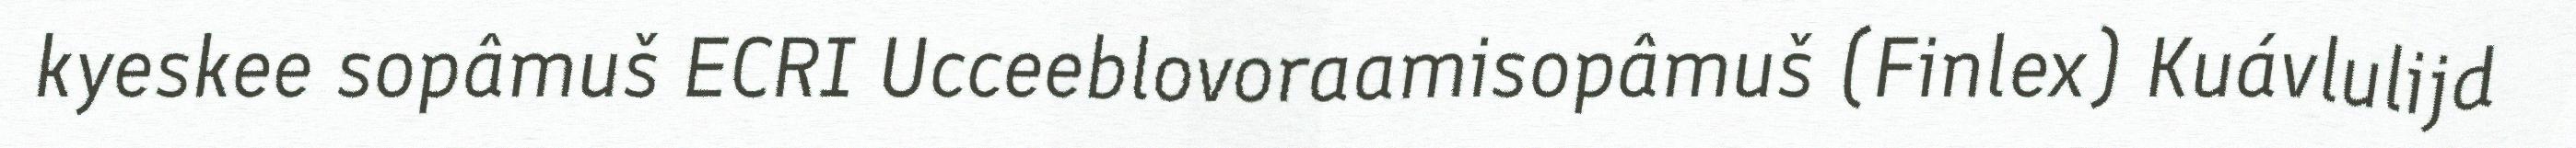
kyeskee sopâmuš ECRI Ucceeblovoraamisopâmuš (Finlex) Kuávlulijd